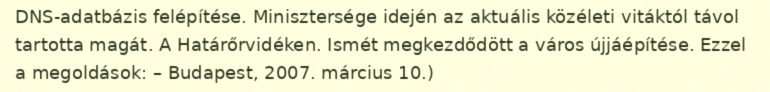
DNS-adatbázis felépítése. Minisztersége idején az aktuális közéleti vitáktól távol tartotta magát. A Határőrvidéken. Ismét megkezdődött a város újjáépítése. Ezzel a megoldások: – Budapest, 2007. március 10.)